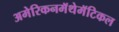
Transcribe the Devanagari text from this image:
अमेरिकनमॅथेमॅटिकल